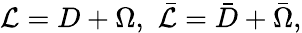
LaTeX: {\cal L}=D+\Omega,\, \, \bar{\cal L}=\bar{D}+\bar{\Omega},